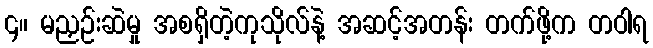
၄။ မညှဉ်းဆဲမှု အစရှိတဲ့ကုသိုလ်နဲ့ အဆင့်အတန်း တက်ဖို့က တဝါရ